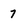
Character: 7